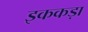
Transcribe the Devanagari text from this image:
इककड़ा